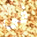
فى